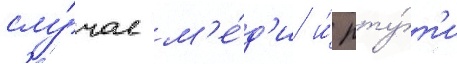
слу́чае м'е́д'и и́ рту́т'и